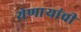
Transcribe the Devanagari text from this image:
येणार्‍यांची